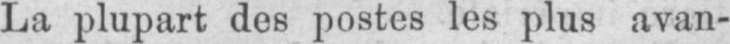
La plupart des postes les plus avan-